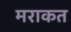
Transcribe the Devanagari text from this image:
मराकत